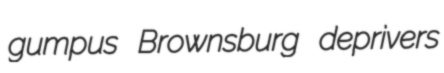
gumpus Brownsburg deprivers